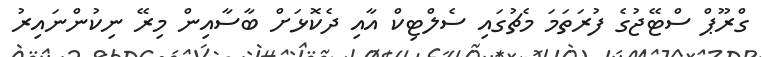
ގްރޫޕް ސްޓޭޖުގެ ފުރަތަމަ މެޗުގައި ސެލްޓިކް އާއި ދެކޮޅަށް ބާސާއިން މިރޭ ނިކުންނައިރު